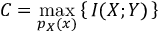
C = \operatorname* { m a x } _ { p _ { X } ( x ) } \left\{ \, I ( X ; Y ) \, \right\}